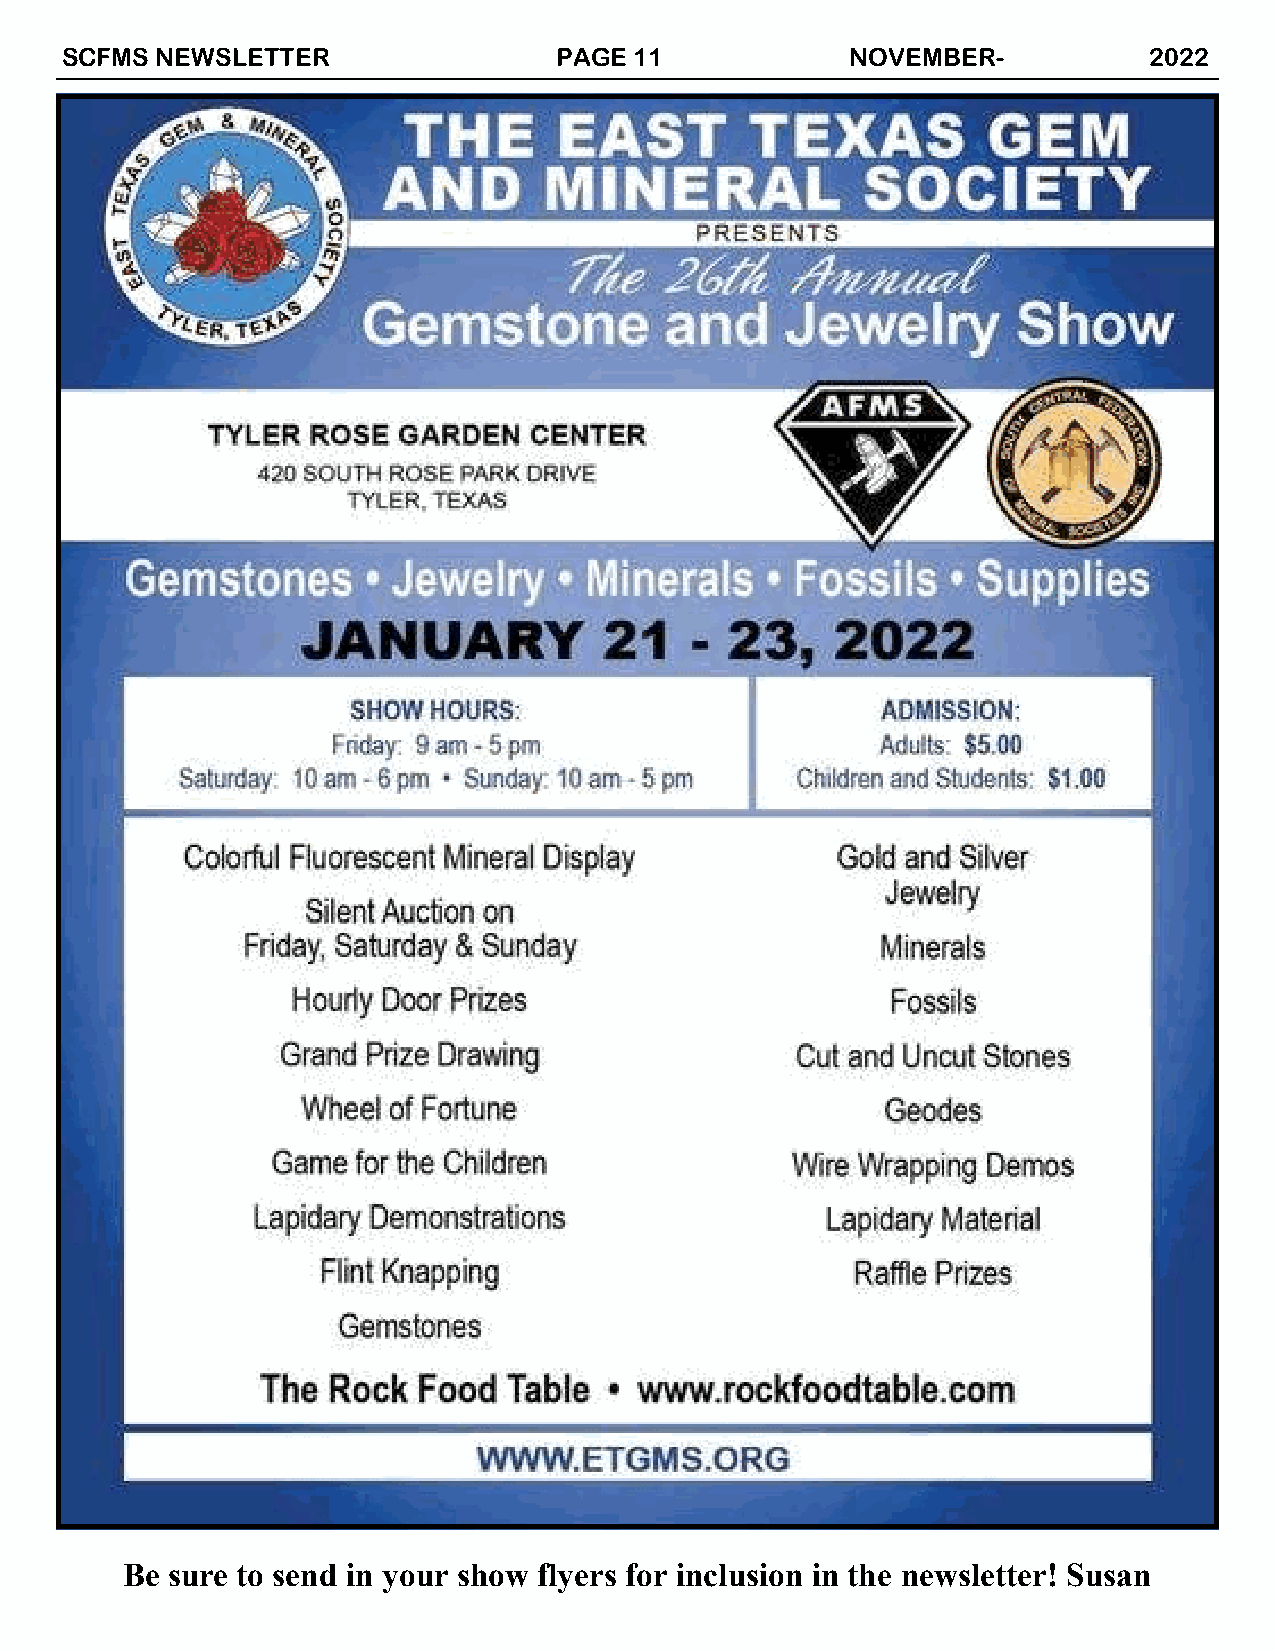
SCFMS NEWSLETTER                 PAGE 11            NOVEMBER-           2022
 Be sure to send in your show flyers for inclusion in the newsletter! Susan